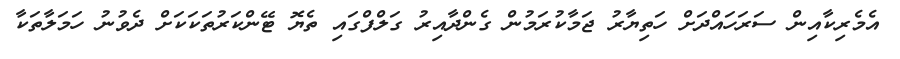
އެމެރިކާއިން ސަރަހައްދަށް ހަތިޔާރު ޖަމާކުރަމުން ގެންދާއިރު ގަލްފްގައި ތެޔޮ ޓޭންކަރުތަކަކަށް ދެވުނު ހަމަލާތަކާ